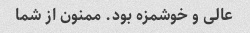
عالی و خوشمزه بود. ممنون از شما